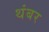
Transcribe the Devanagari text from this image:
थंबर